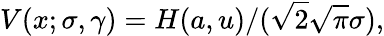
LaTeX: V(x;\sigma,\gamma)=H(a,u)/({\sqrt{2}}{\sqrt{\pi}}\sigma),